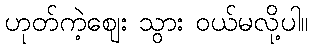
ဟုတ်ကဲ့ဈေး သွား ဝယ်မလို့ပါ။